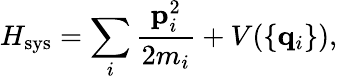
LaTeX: H_{\mathrm{sys}}=\sum_{i}{\frac{{\mathbf p}_{i}^{2}}{2m_{i}}}+V(\{ {\mathbf q}_{i}\} ),